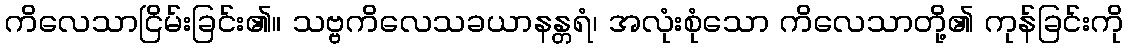
ကိလေသာငြိမ်းခြင်း၏။ သဗ္ဗကိလေသခယာနန္တရံ၊ အလုံးစုံသော ကိလေသာတို့၏ ကုန်ခြင်းကို